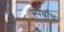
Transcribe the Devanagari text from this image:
स्पर्धाच